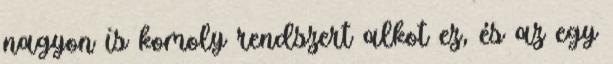
nagyon is komoly rendszert alkot ez, és az egy